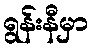
ရွန်းနီမှာ